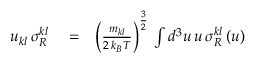
\begin{array} { r l r } { u _ { k l } \, \sigma _ { R } ^ { k l } } & { { } = } & { \left( \frac { m _ { k l } } { 2 \, k _ { B } T } \right) ^ { \frac { 3 } { 2 } } \, \int d ^ { 3 } u \, u \, \sigma _ { R } ^ { k l } \left( u \right) } \end{array}